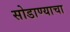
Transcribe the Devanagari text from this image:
सोडाण्याचा